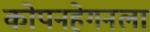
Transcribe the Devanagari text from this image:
कोपनहेगनला